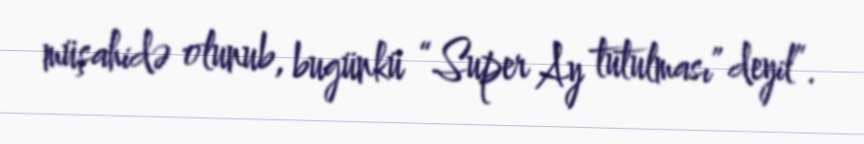
müşahidə olunub, bugünkü “Super Ay tutulması” deyil”.